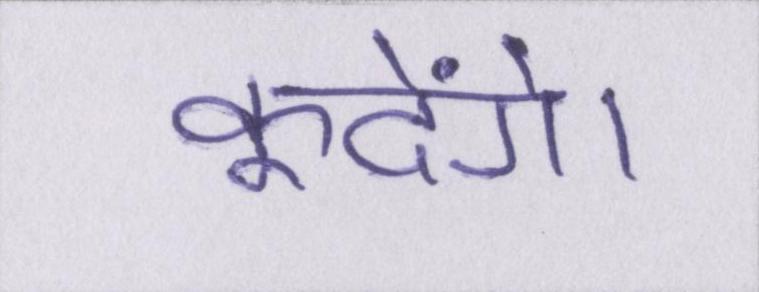
कूदेंगे।